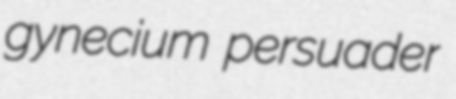
gynecium persuader